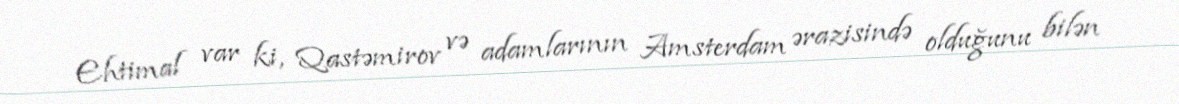
Ehtimal var ki, Qastəmirov və adamlarının Amsterdam ərazisində olduğunu bilən